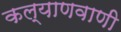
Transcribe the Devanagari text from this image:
कल्याणवाणी